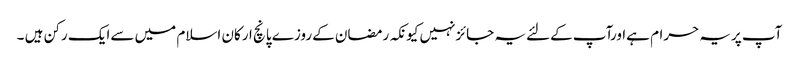
آپ پریہ حرام ہےاورآپ کےلئےیہ جائزنہیں کیونکہ رمضان کےروزے پانچ ارکان اسلام میں سےایک رکن ہیں ۔